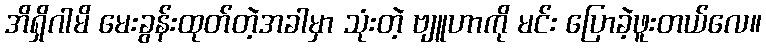
အိရှိဂါမိ မေးခွန်းထုတ်တဲ့အခါမှာ သုံးတဲ့ ဗျူဟာကို မင်း ပြောခဲ့ဖူးတယ်လေ။